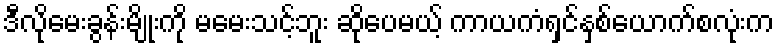
ဒီလိုမေးခွန်းမျိုးကို မမေးသင့်ဘူး ဆိုပေမယ့် ကာယကံရှင်နှစ်ယောက်စလုံးက